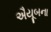
ઐયૂબના